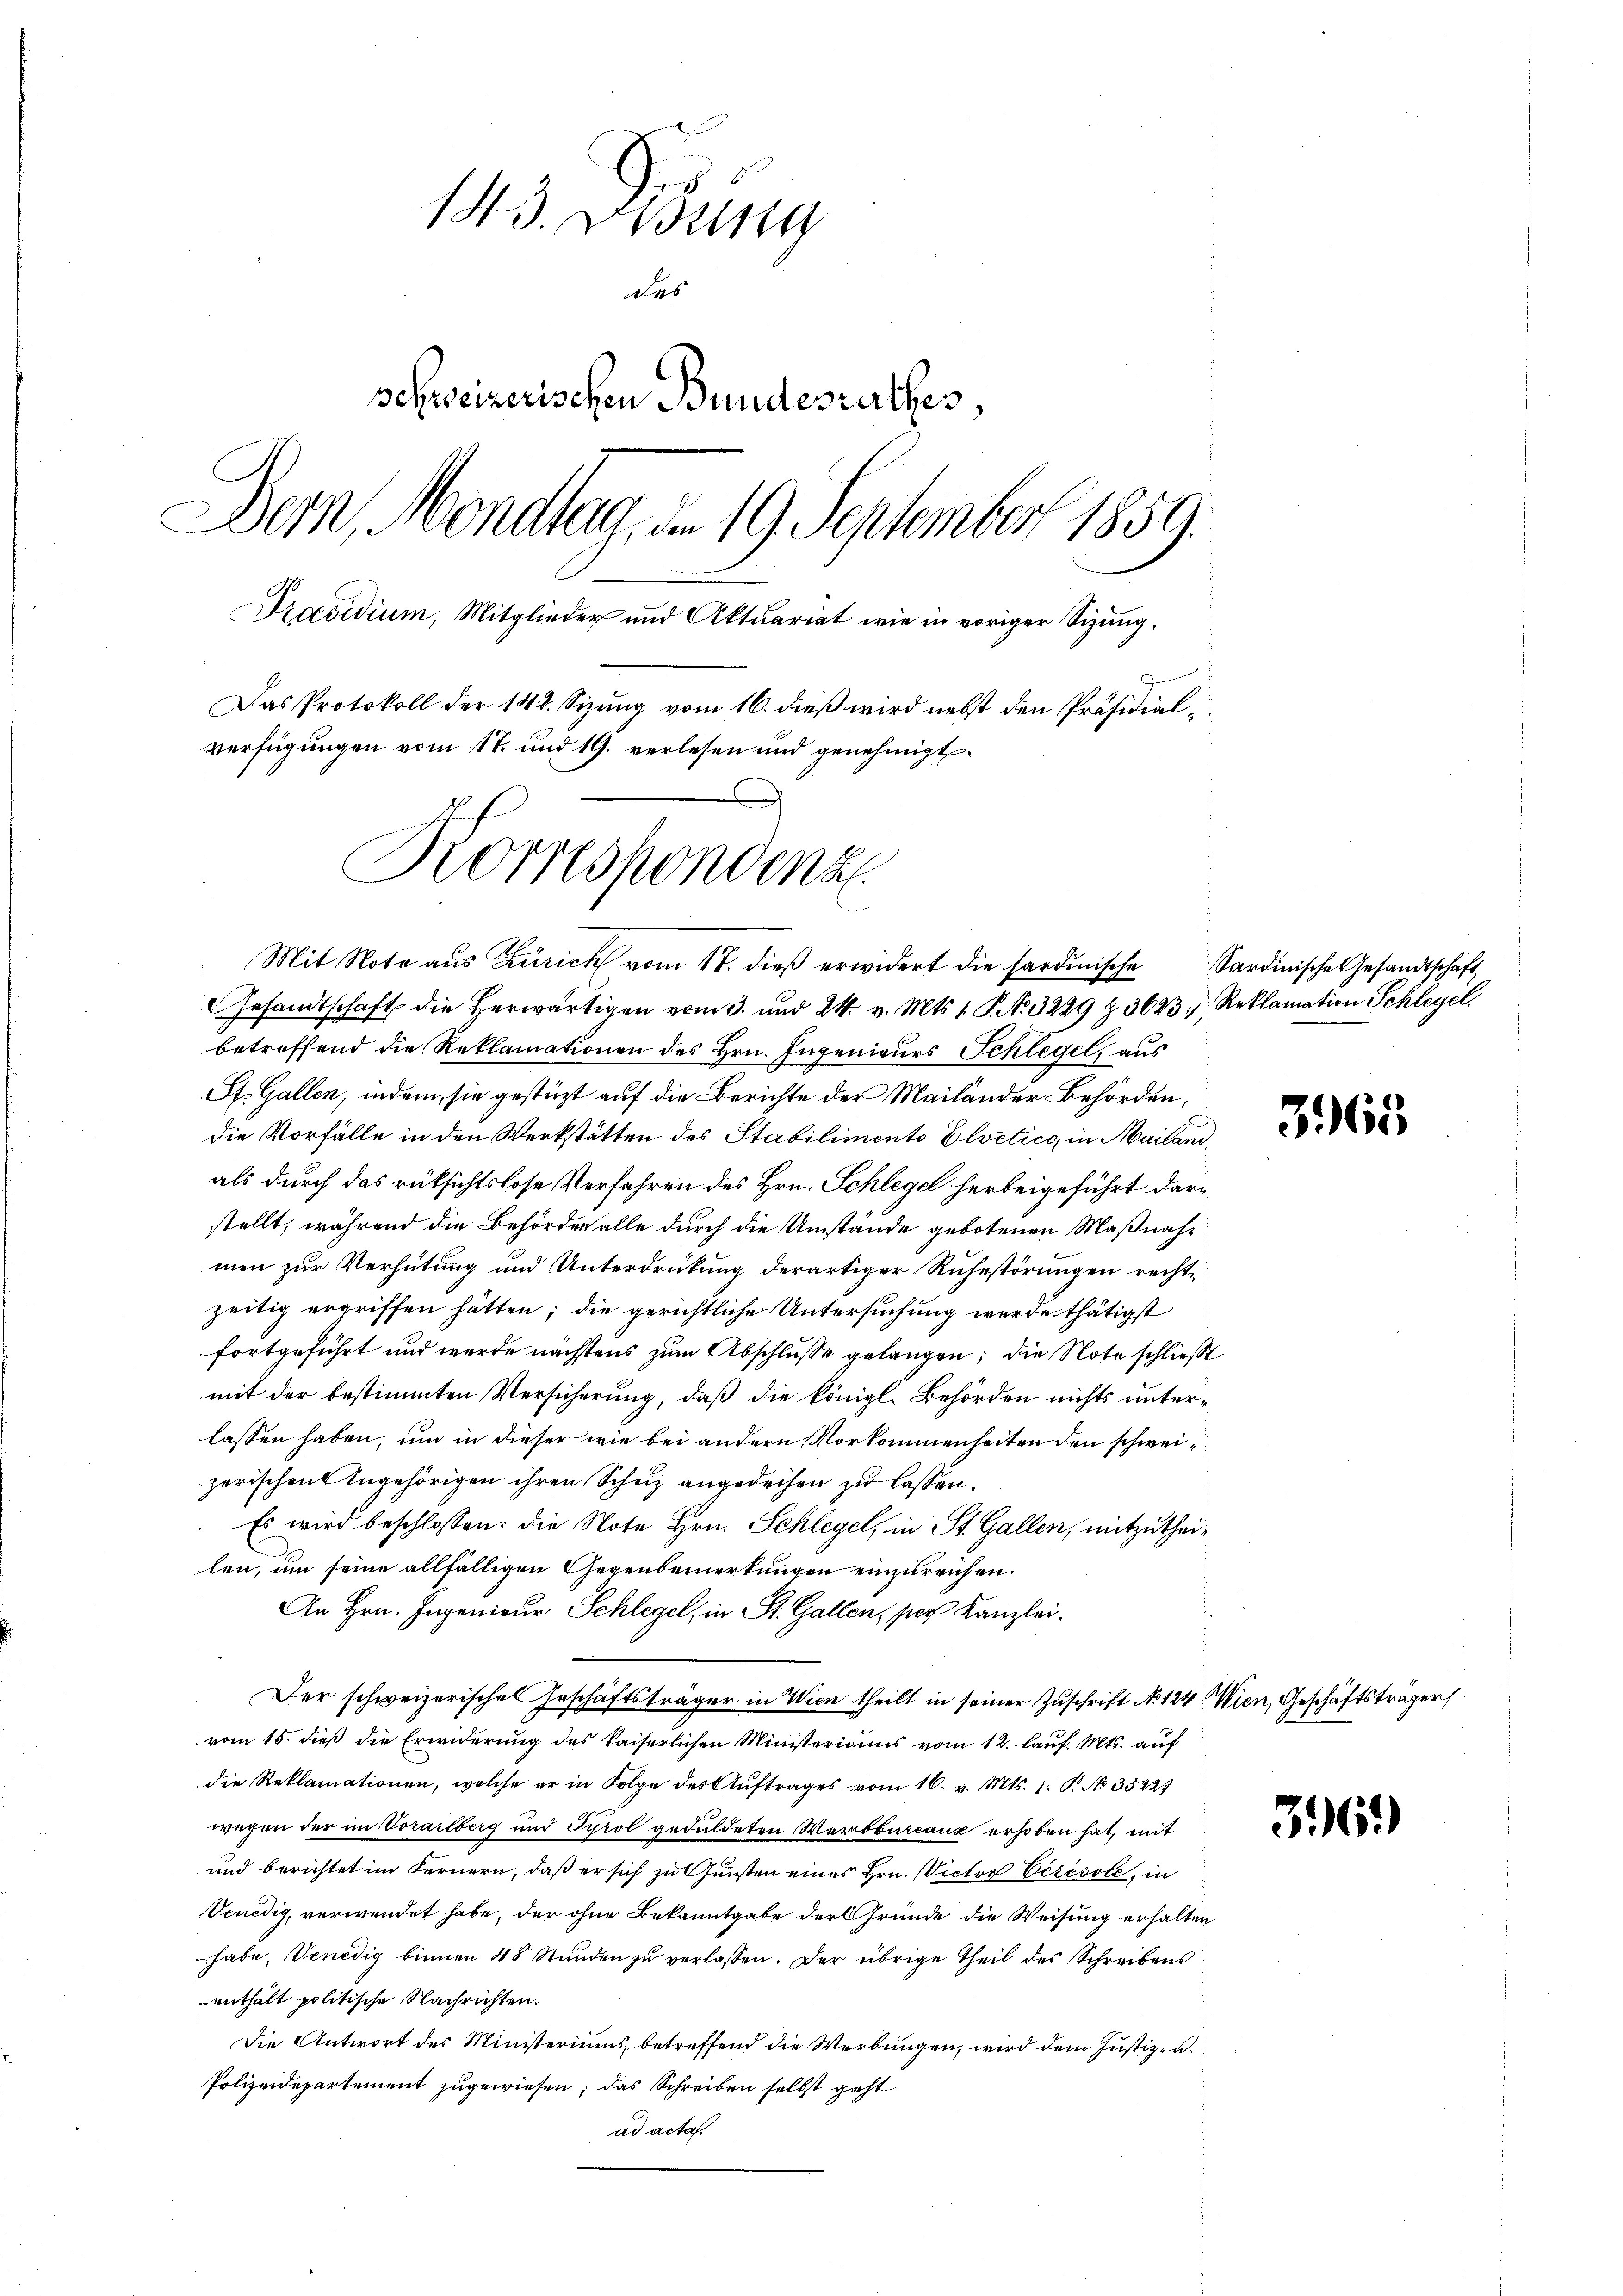
143. Disung
des
schweizerischen Bundesrathes,
Dem Mondlag, d. 19. September 1859.
Praesidium, Mitglieder und Aktuariat wie in voriger Sizung,
Das Protokoll der 142. Sizung vom 16. dieß wird nebst den Präsidialverfügungen vom 17. und 19. verlesen und genehmigt.
Korrespondenz

Mit Note aus Zürich vom 17. dieß erwidert die sardinische Sardinische Gesandtschaft

Gesandtschaft die herwärtigen vom 3. und 24. v. Mts. 1 S. No. 3229 § 36237, Reklamation Schlegel
betreffend die Reklamationen des Hrn. Ingenieurs Schlegel, aus
St. Gallen, indem, sie gestüzt auf die Berichte der Mailänder Behörden,
die Vorfälle in den Werkstätten des Stabilimento Elvetico, in Mailand
als durch das rüksichtslose Verfahren des Hrn. Schlege herbeigeführt darstellt, während die Behörden alle durch die Umstände gebotenen Maßnahmen zur Verhütung und Unterdrückung derartiger Ruhestörungen rechte
zeitig ergriffen hätten; die gerichtliche Untersuchung werde thätigst
fortgeführt und werde nächstens zum Abschlusse gelangen; die Note schließt
mit der bestimmten Versicherung, daß die königl. Behörden nichts unterlassen haben, um in dieser wie bei andern Vorkommenheiten den schweizerischen Angehörigen ihren Schuz angedeihen zu lassen.
Es wird beschlossen: die Note Hrn. Schlegel, in St. Gallen, mitzutheilen, um seine allfälligen Gegenbemerkungen einzureichen.
An Hrn. Ingenieur Schlegel, in St. Gallen, per Kanzlei.
Der schweizerisches Geschäftsträger in Wien theilt in seiner Zuschrift No 124. Wien, Geschäftsträger
vom 15. dieß die Erwiderung des kaiserlichen Ministeriums vom 12. lauf. Mts. auf
die Reklamationen, welche er in Folge des Aŭftrages vom 16. v. Mts. 1. P. No. 35221
wegen der im Vorarlberg und Tyrol geduldeten Werbburcanz erhoben hat, mit
und berichtet im Fernern, daß er sich zu Gunsten eines Hrn. Victor Ceresste, in
Venedig, verwendet habe, der ohne Bekanntgabe der Gründe die Weisung erhalten
habe, Venedig binnen 48 Stunden zu verlassen. Der übrige Theil des Schreibens
enthält politische Nachrichten.
Die Antwort des Ministeriums, betreffend die Werbungen, wird dem Justiz- u.
Polizeidepartement zugewiesen; das Schreiben selbst geht
ad acta.

3965

3.61)